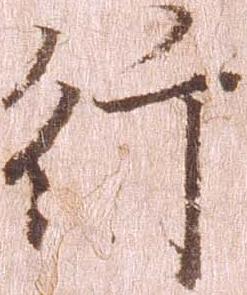
行